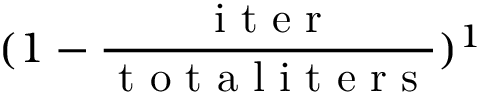
( 1 - \frac { \mathrm { ~ i ~ t ~ e ~ r ~ } } { \mathrm { ~ t ~ o ~ t ~ a ~ l ~ i ~ t ~ e ~ r ~ s ~ } } ) ^ { 1 }